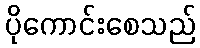
ပိုကောင်းစေသည်